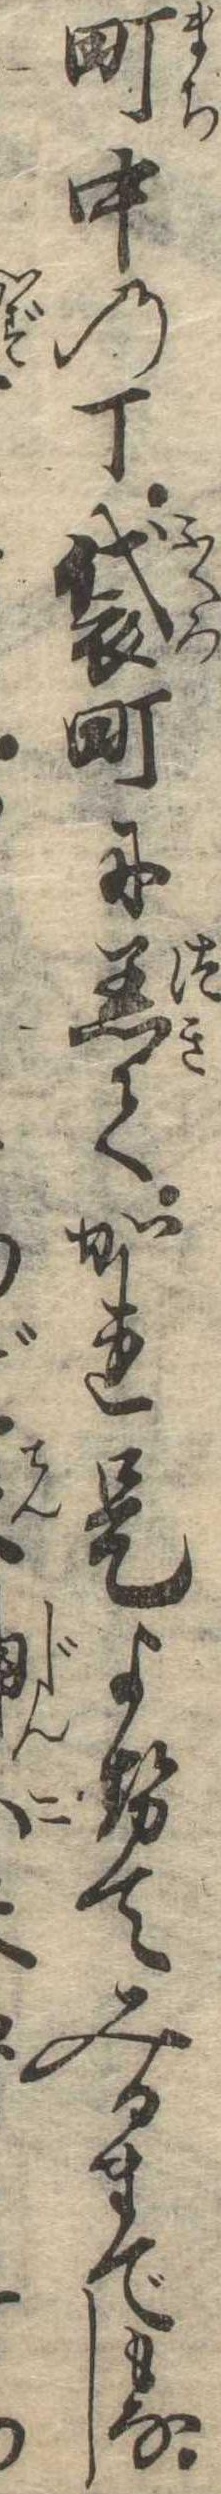
町中の丁袋町に着てかれ是よせてみるまでもなし